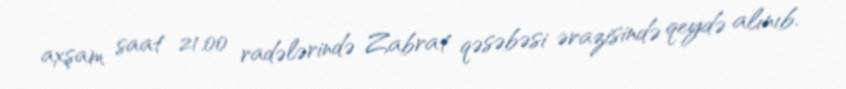
axşam saat 21.00 radələrində Zabrat qəsəbəsi ərazisində qeydə alınıb.